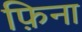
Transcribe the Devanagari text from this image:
फ़िना